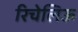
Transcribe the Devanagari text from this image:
रिचेलिऊ